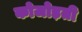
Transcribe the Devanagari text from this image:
कोजोड़ती